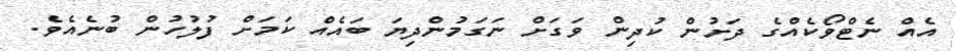
އެއް ނެޓްވޯކެއްގެ ދަށުން ކުދިން ވަގަށް ނަގަމުންދިޔަ ބައެއް ކަމަށް ފުލުހުން ބުނެއެވެ.